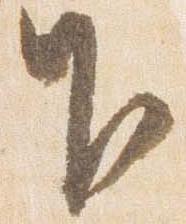
下